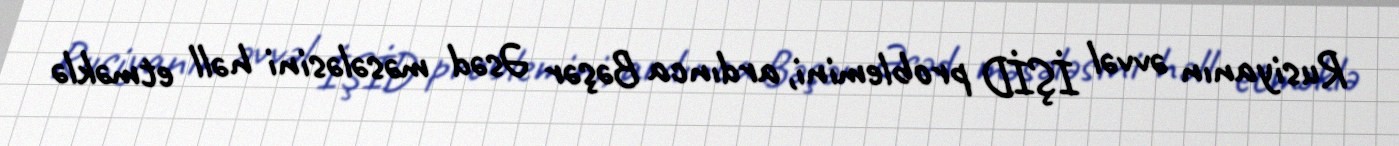
Rusiyanın əvvəl İŞİD problemini, ardınca Bəşər Əsəd məsələsini həll etməklə